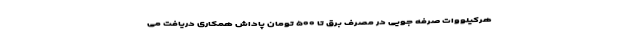
هرکیلووات صرفه جویی در مصرف برق تا ۵۰۰ تومان پاداش همکاری دریافت می